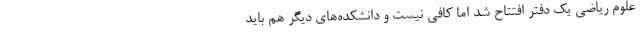
علوم ریاضی یک دفتر افتتاح شد اما کافی نیست و دانشکده‌های دیگر هم باید